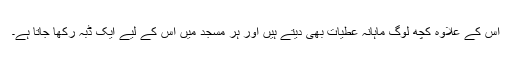
اس کے علاوہ کچھ لوگ ماہانہ عطیات بھی دیتے ہیں اور ہر مسجد میں اس کے لیے ایک ڈبہ رکھا جاتا ہے۔